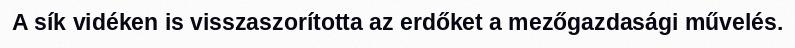
A sík vidéken is visszaszorította az erdőket a mezőgazdasági művelés.